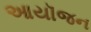
આયૉજન